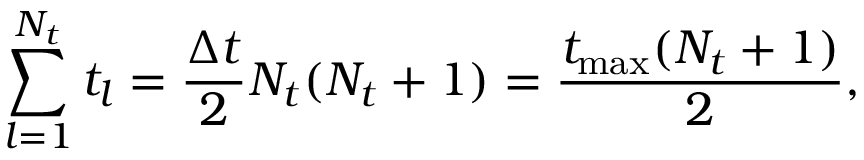
\sum _ { l = 1 } ^ { N _ { t } } t _ { l } = \frac { \Delta t } { 2 } N _ { t } ( N _ { t } + 1 ) = \frac { t _ { \operatorname* { m a x } } ( N _ { t } + 1 ) } { 2 } ,